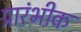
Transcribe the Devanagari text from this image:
प्रारंभीक